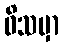
ဝိသမှာ